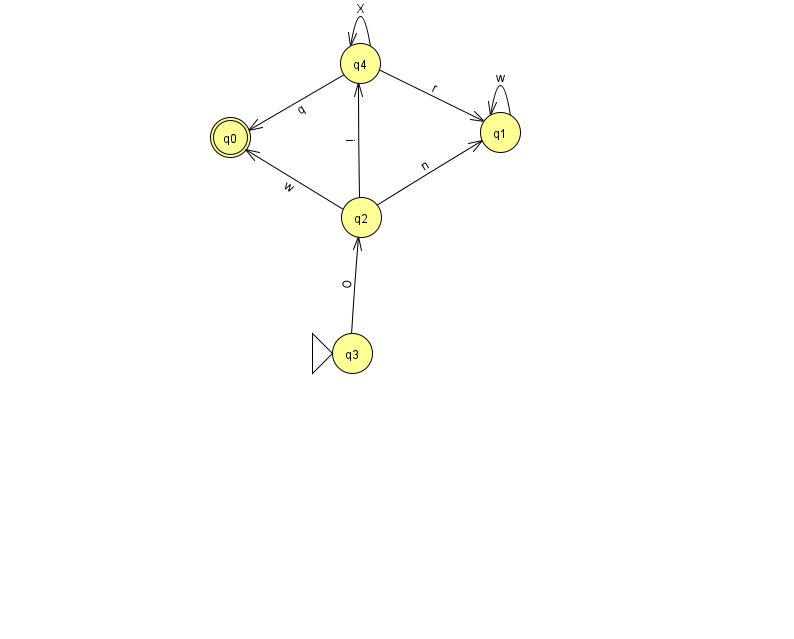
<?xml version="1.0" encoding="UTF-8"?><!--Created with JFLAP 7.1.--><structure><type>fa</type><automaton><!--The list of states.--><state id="0" name="q0"><x>230.0</x><y>124.0</y><final/></state><state id="1" name="q1"><x>500.0</x><y>119.0</y></state><state id="2" name="q2"><x>361.0</x><y>204.0</y></state><state id="3" name="q3"><x>352.0</x><y>340.0</y><initial/></state><state id="4" name="q4"><x>360.0</x><y>50.0</y></state><!--The list of transitions.--><transition><from>2</from><to>1</to><read>n</read></transition><transition><from>4</from><to>1</to><read>r</read></transition><transition><from>2</from><to>4</to><read>i</read></transition><transition><from>3</from><to>2</to><read>O</read></transition><transition><from>2</from><to>0</to><read>w</read></transition><transition><from>1</from><to>1</to><read>w</read></transition><transition><from>4</from><to>4</to><read>X</read></transition><transition><from>4</from><to>0</to><read>q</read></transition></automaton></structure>